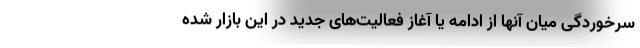
سرخوردگی میان آنها از ادامه یا آغاز فعالیت‌های جدید در این بازار شده